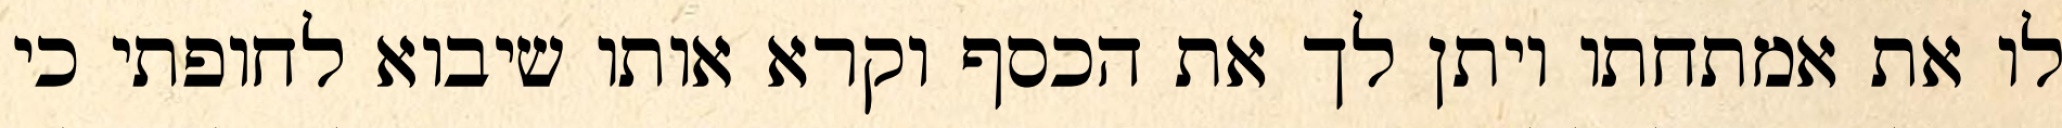
לו את אמתחתו ויתן לך את הכסף וקרא אותו שיבוא לחופתי כי